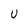
Character: u